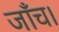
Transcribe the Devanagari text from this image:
जाँच।